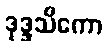
ဒုဒ္ဒသိကော